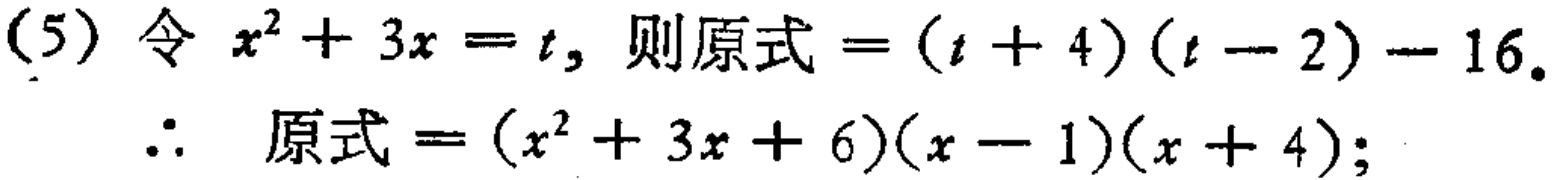
(5) 令 \(x^{2}+3x = t\)，则原式\(=(t + 4)(t - 2)-16\)。

\(\therefore\) 原式\(=(x^{2}+3x + 6)(x - 1)(x + 4)\)；